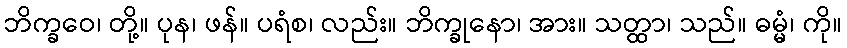
ဘိက္ခဝေ၊ တို့။ ပုန၊ ဖန်။ ပရံစ၊ လည်း။ ဘိက္ခုနော၊ အား။ သတ္ထာ၊ သည်။ ဓမ္မံ၊ ကို။